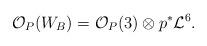
LaTeX: \begin{align*}{\mathcal O}_{P}(W_B)={\mathcal O}_{P}(3)\otimes p^{*}{\mathcal L}^6.\end{align*}